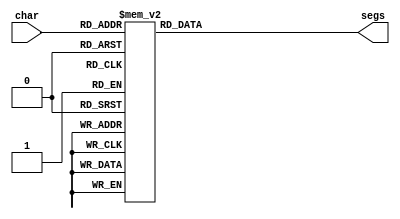
/*
   This file was generated automatically by Alchitry Labs version 1.2.1.
   Do not edit this file directly. Instead edit the original Lucid source.
   This is a temporary file and any changes made to it will be destroyed.
*/

module seven_segment_30 (
    input [3:0] char,
    output reg [7:0] segs
  );
  
  
  
  always @* begin
    
    case (char)
      1'h0: begin
        segs = 8'h14;
      end
      1'h1: begin
        segs = 8'hd7;
      end
      2'h2: begin
        segs = 8'h4c;
      end
      2'h3: begin
        segs = 8'h45;
      end
      3'h4: begin
        segs = 8'h87;
      end
      3'h5: begin
        segs = 8'h25;
      end
      3'h6: begin
        segs = 8'h24;
      end
      3'h7: begin
        segs = 8'h57;
      end
      4'h8: begin
        segs = 8'h04;
      end
      4'h9: begin
        segs = 8'h05;
      end
      default: begin
        segs = 8'h00;
      end
    endcase
  end
endmodule